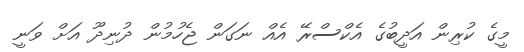
މީގެ ކުރިން އަދީބުގެ އެކްސްރޭ އެއް ނަގަން ޖެހުމުން ދުނިދޫ އަށް ވަނީ